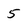
Character: 5